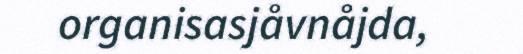
organisasjåvnåjda,